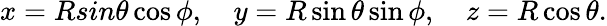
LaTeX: x=Rsin\theta\cos\phi,\quad y=R\sin\theta\sin\phi,\quad z=R\cos\theta.